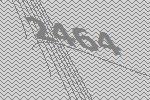
2464